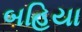
બહિયા